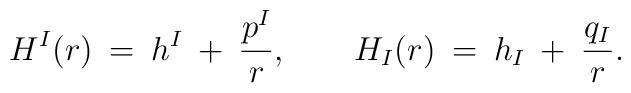
H^I(r) \:=\: h^I \: + \:  \frac{p^I}{r}, \qquad   H_I(r) \:=\: h_I \: + \: \frac{q_I}{r}.